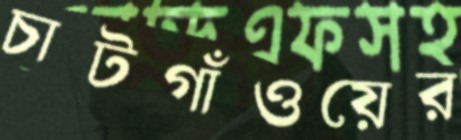
চাটগাঁওয়ের